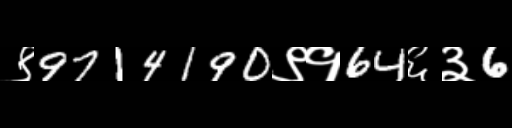
Text: ९9714190९१64६३6